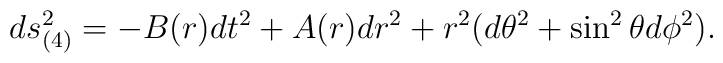
ds_{(4)}^{2}=-B(r)dt^{2}+A(r)dr^{2}+r^{2}(d\theta^{2}+\sin ^{2} \theta d \phi^{2}).